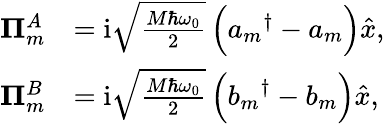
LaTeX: \begin{array}{rl}{\mathbf{\Pi}_{m}^{A}}&{=\mathrm{i}\sqrt{\frac{M\hbar\omega_{0}}{2}}\left({a_{m}}^{\dagger}-a_{m}^{\phantom{\dagger}}\right)\hat{x},}\\ {\mathbf{\Pi}_{m}^{B}}&{=\mathrm{i}\sqrt{\frac{M\hbar\omega_{0}}{2}}\left({b_{m}}^{\dagger}-b_{m}^{\phantom{\dagger}}\right)\hat{x},}\end{array}